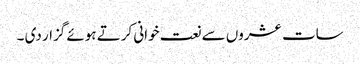
سات عشروں سے نعت خوانی کرتے ہوئے گزار دی ۔